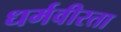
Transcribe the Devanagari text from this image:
धर्मवीरता